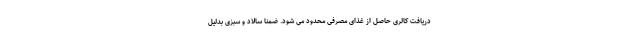
دریافت کالری حاصل از غذای مصرفی محدود می شود. ضمنا سالاد و سبزی بدلیل